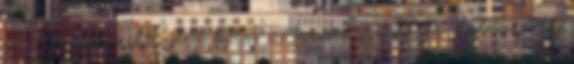
6-7 Gól emberelőnyből Bóbis Botond 3 III. 00:01 Labdaszerzés